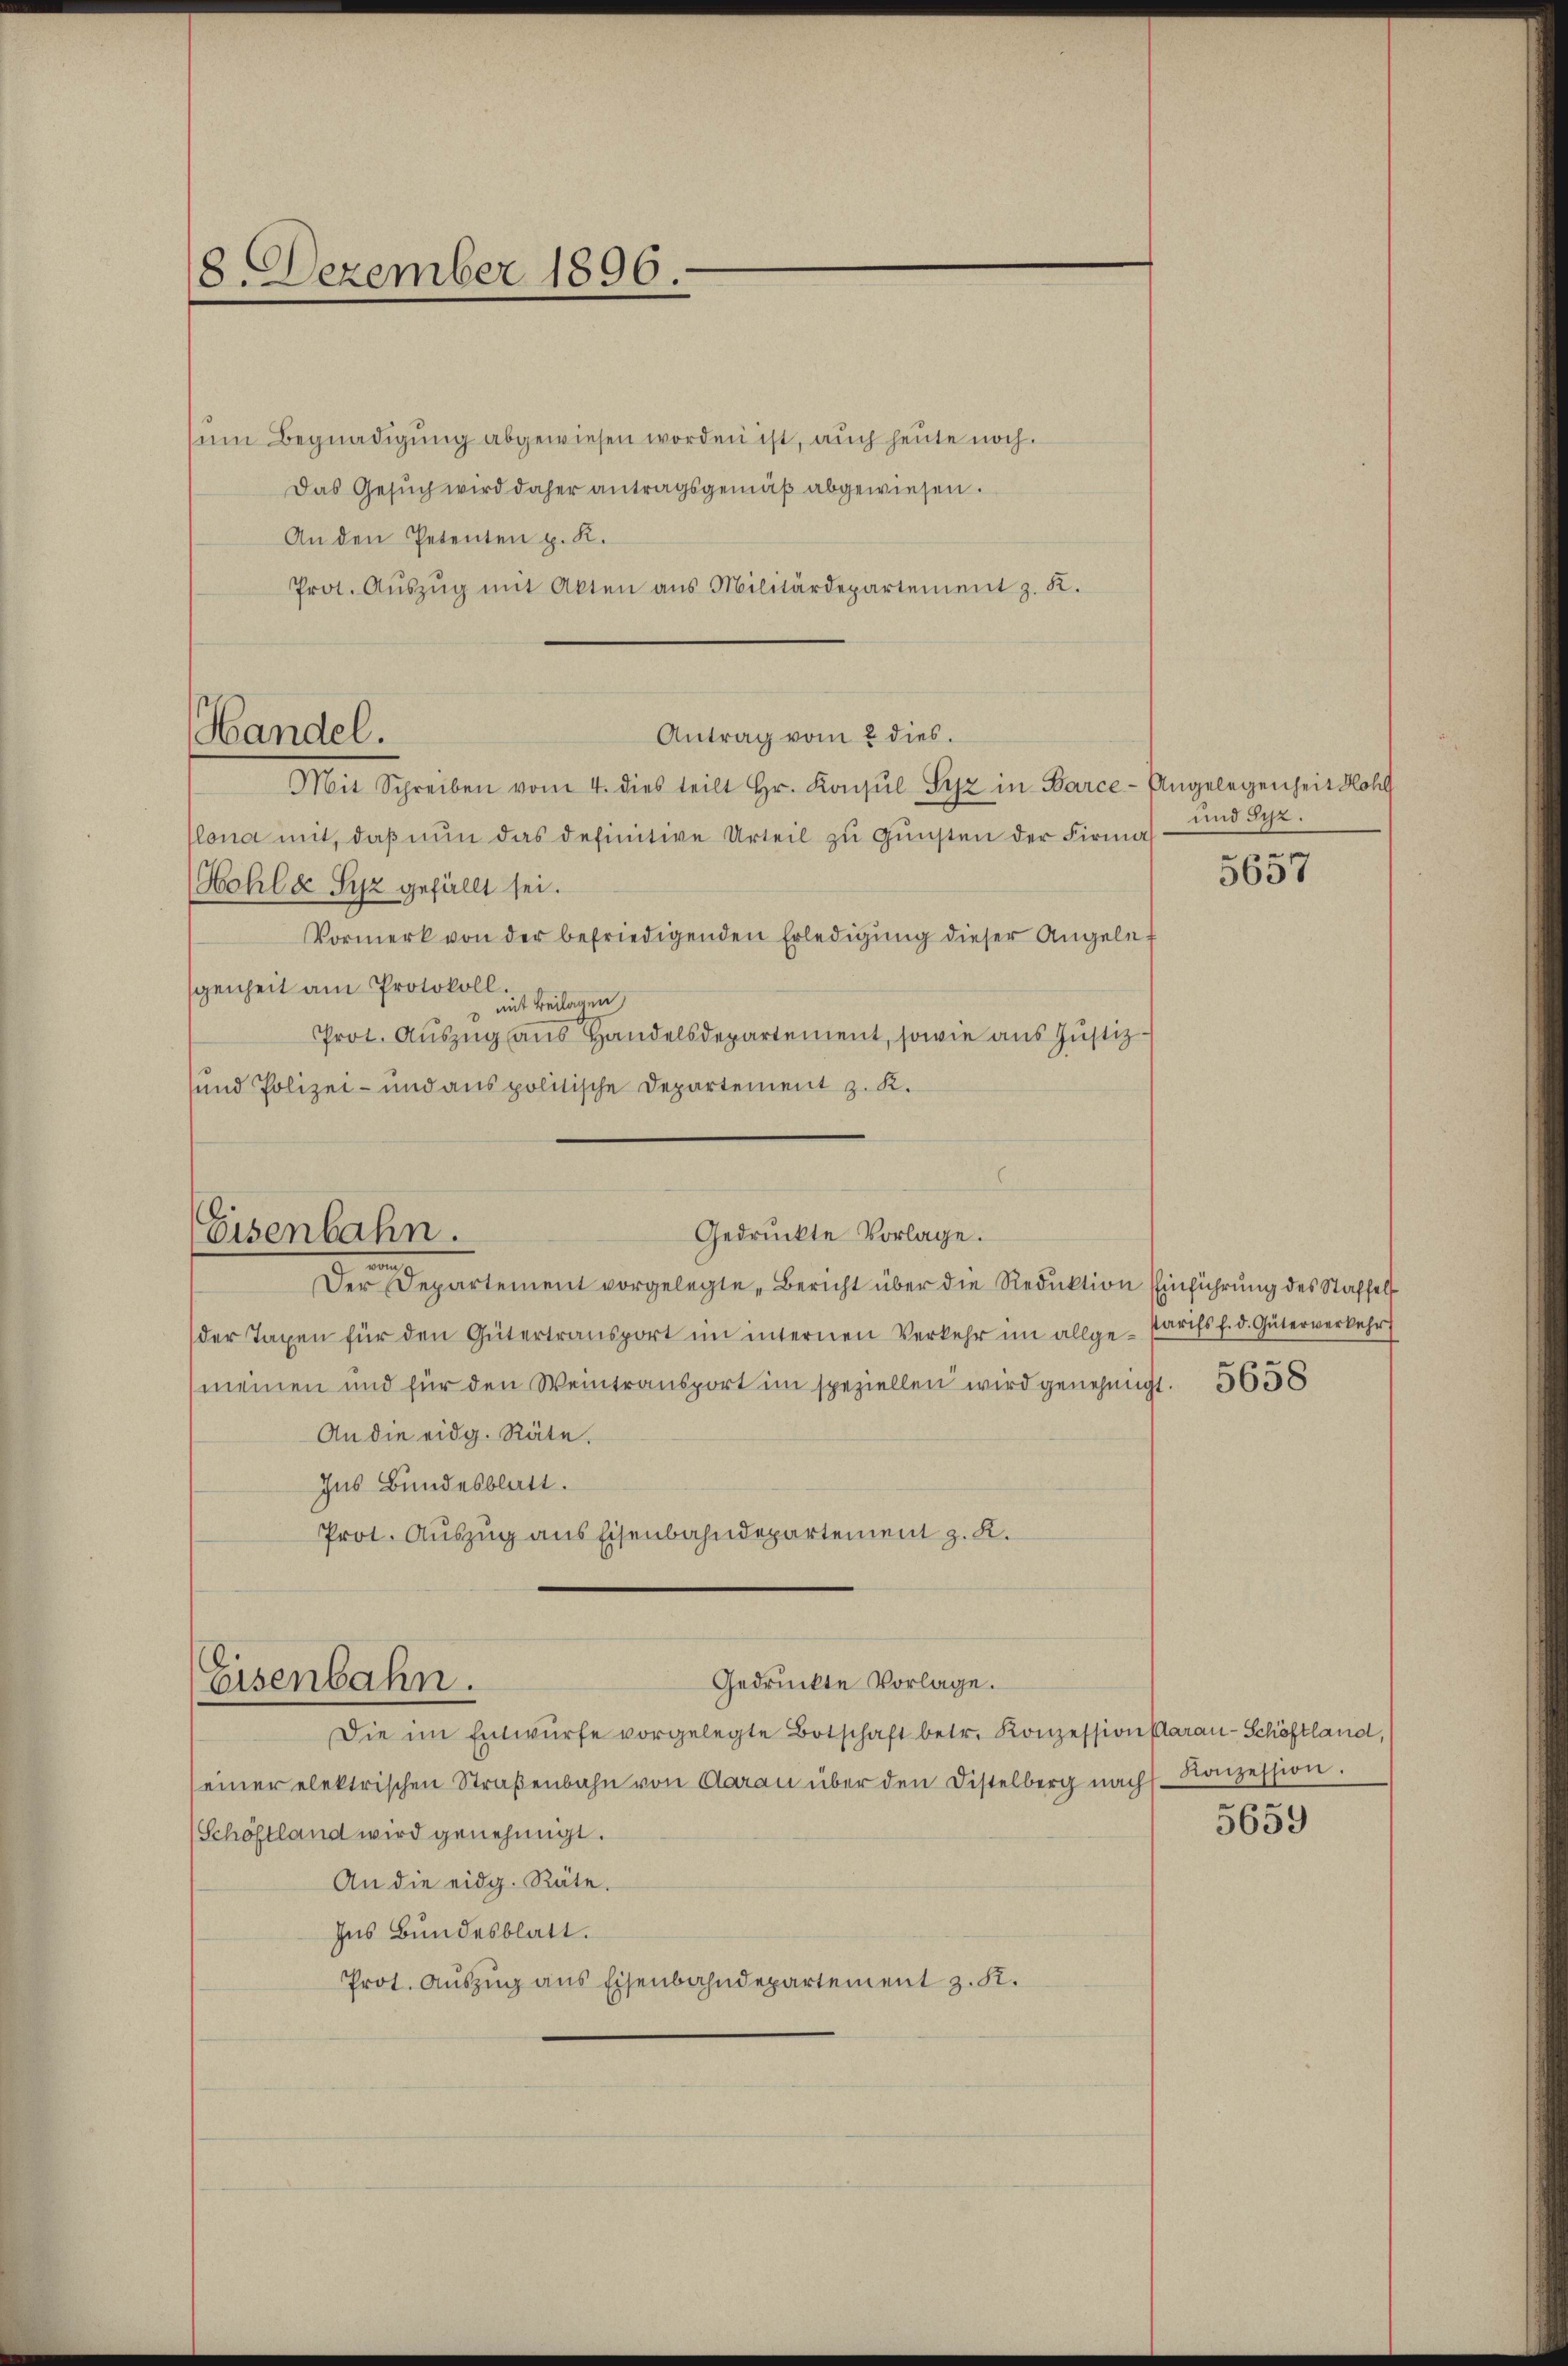
8. Dezember 1896.

um Begnadigung abgewiesen worden ist, auch heute noch.
Das Gesŭch wird daher antragsgemäβ abgewiesen.
An den Petenten p. K.
Prot. Aŭszŭg mit Akten aus Militärdepartement z. K.
Antrag vom 2 dies.
Mit Schreiben vom 4. dies teilt Hr. Konsŭl Syz in Barce-Angelegenheit Hohl
lona mit, daβ nŭn das definitive Urteil zŭ Gŭnsten der Firma
Hohlde Syz gefällt sei.
Vormerk von der befriedigenden Erledigŭng dieser Angele-
genheit am Protokoll.
mit Beilagen,
Prot. Auszug aus Handelsdepartement, sowie aus Justizsund Polizei- und aus politische Departement z. K.

Handel.

Der Departement vorgelegte Bericht über die Reduktion Einführung des Staffelt
der Taxen für den Gütertransport im internen Verkehr im allge-Parifs f. d. Güterverkehr
meinen und für den Weintransport im speziellen wird genehmigt.
An die eidg. Räte.
Ins Bundesblatt.
Prot. Auszug aus Eisenbahndepartement z. K.

Gedruckte Vorlage.
Eisenbahn.
.

Eisenbahn.

Gedruckte Vorlage.
Die im Entwürfe vorgelegte Botschaft betr. Konzessionsaran-Schöftland,
(einer elektrischen Straβenbahn von Aarau über den Distelberg nach Konzession.
(Schöstland wird genehmigt.
An die eidg. Räte.
Ins Bundesblatt.
Prot. Auszug aus Eisenbahndepartement z. K.

und Sr.

5657

5658

5659